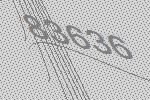
83636